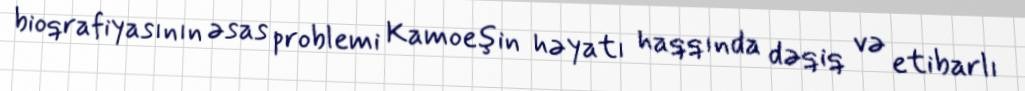
bioqrafiyasının əsas problemi Kamoeşin həyatı haqqında dəqiq və etibarlı